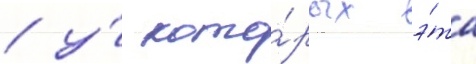
/ у́ кото́рых э́та